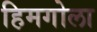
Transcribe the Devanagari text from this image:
हिमगोला